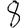
Digit: 8